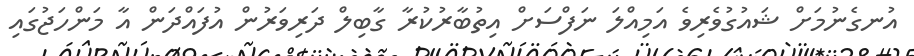
އުނގެނުމަށް ޝައުގުވެރިވެ އަމިއްލަ ނަފްސަށް އިތުބާރުކުރާ ގާބިލް ދަރިވަރުން އުފައްދަން އާ މަންހަޖުގައި